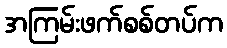
အကြမ်းဖက်စစ်တပ်က